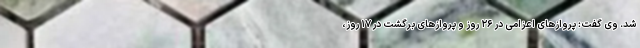
شد. وی گفت: پرواز‌های اعزامی در ۲۶ روز و پرواز‌های برگشت در ۱۷ روز،